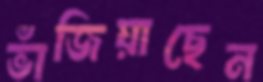
ভাঁজিয়াছেন